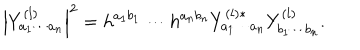
\left| Y _ { a _ { 1 } \cdots a _ { n } } ^ { ( l ) } \right| ^ { 2 } = h ^ { a _ { 1 } b _ { 1 } } \cdots h ^ { a _ { n } b _ { n } } Y _ { a _ { 1 } \cdots a _ { n } } ^ { ( l ) * } Y _ { b _ { 1 } \cdots b _ { n } } ^ { ( l ) } .